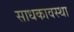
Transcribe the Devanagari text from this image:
साधकावस्था